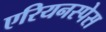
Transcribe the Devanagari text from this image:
एरियनस्पेस